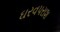
ઘરવપરાશ